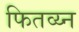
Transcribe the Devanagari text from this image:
फितव्य्न